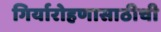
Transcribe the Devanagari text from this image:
गिर्यारोहणासाठीची